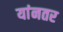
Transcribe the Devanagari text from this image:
यांनतर